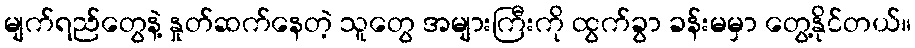
မျက်ရည်တွေနဲ့ နှုတ်ဆက်နေတဲ့ သူတွေ အများကြီးကို ထွက်ခွာ ခန်းမမှာ တွေ့နိုင်တယ်။